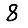
Digit: 8